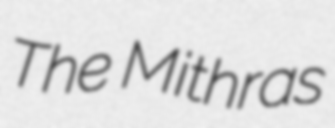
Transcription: The Mithras